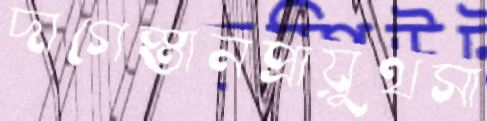
দাগেস্তানপ্রায়ুথসা